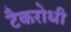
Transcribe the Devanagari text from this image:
टैकरोधी